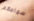
سماعكم